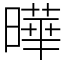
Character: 曄